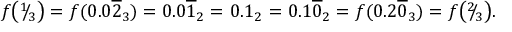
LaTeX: \begin{array} { l c l } { f { \bigl ( } { } ^ { 1 } \! \! / \! _ { 3 } { \bigr ) } = f ( 0 . 0 { \overline { { 2 } } } _ { 3 } ) = 0 . 0 { \overline { { 1 } } } _ { 2 } = \! \! } & { \! \! 0 . 1 _ { 2 } \! \! } & { \! \! = 0 . 1 { \overline { { 0 } } } _ { 2 } = f ( 0 . 2 { \overline { { 0 } } } _ { 3 } ) = f { \bigl ( } { } ^ { 2 } \! \! / \! _ { 3 } { \bigr ) } . } \end{array}